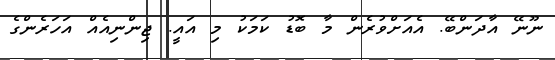
ނޫނޭ އާދަންބޭ. އެއަށްވުރެން މާ ބޮޑު ކަމަކު މި އައީ. ޖިންނިއެއް އަހަރެންގެ